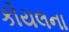
કોયલના